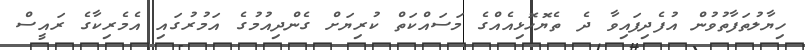
ހިޔާލުތަފާތުވުން އުފެދިފައިވާ ދެ ތެޔޮހޮޅިއެއްގެ މަސައްކަތް ކުރިޔަށް ގެންދިއުމުގެ އަމުރުގައި އެމެރިކާގެ ރައީސް